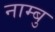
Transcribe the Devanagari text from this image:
नाम्बु